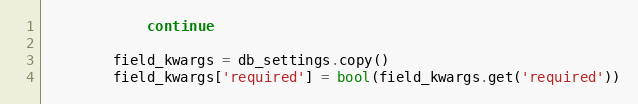
Language: Python
            continue

        field_kwargs = db_settings.copy()
        field_kwargs['required'] = bool(field_kwargs.get('required'))